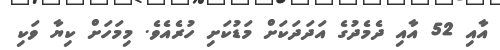
އާއި 52 އާއި ދެެމެދުގެ އަދަދަކަށް މަޑުކަށި ހުރެއެވެ. މިމަހަށް ކިޔާ ވަކި